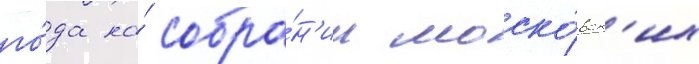
го́да на́ собра́н'ии моско́вск'их